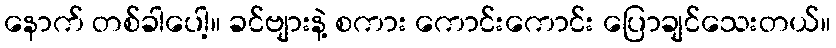
နောက် တစ်ခါပေါ့။ ခင်ဗျားနဲ့ စကား ကောင်းကောင်း ပြောချင်သေးတယ်။